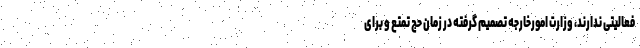
فعالیتی ندارند، وزارت امورخارجه تصمیم گرفته در زمان حج تمتع و برای